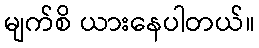
မျက်စိ ယားနေပါတယ်။